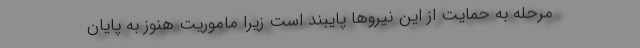
مرحله به حمایت از این نیروها پایبند است زیرا ماموریت هنوز به پایان